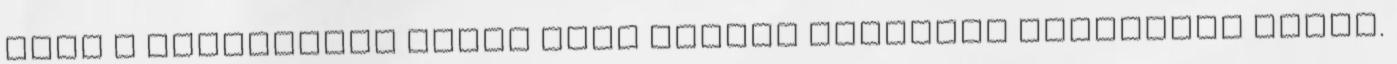
hogy a karácsonyi dupla rész teljes mértékig kárpótolt ezért.